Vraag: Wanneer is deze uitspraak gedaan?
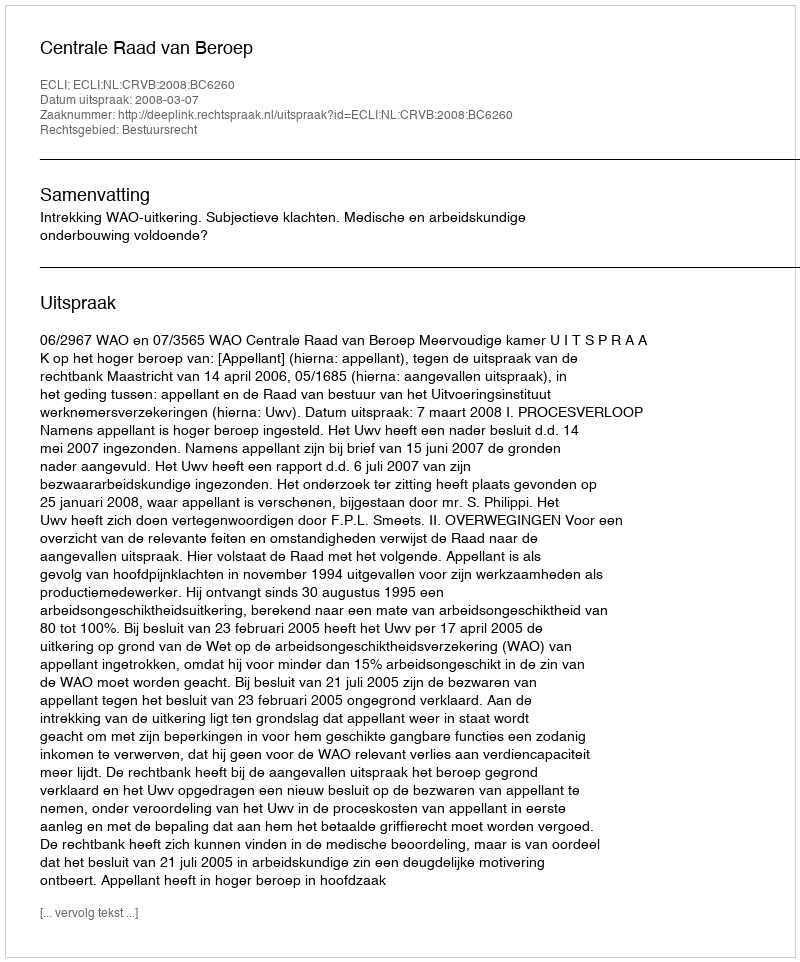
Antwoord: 2008-03-07